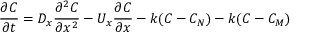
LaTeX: { \frac { \partial C } { \partial t } } = D _ { x } { \frac { \partial ^ { 2 } C } { \partial x ^ { 2 } } } - U _ { x } { \frac { \partial C } { \partial x } } - k ( C - C _ { N } ) - k ( C - C _ { M } )